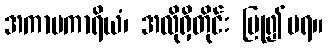
အကာမကာရိယံ၊ အလိုရှိတိုင်း ပြု၍မရ။